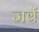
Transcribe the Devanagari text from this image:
जवें